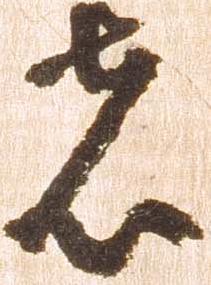
者